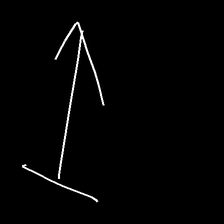
Glyph: levitation